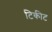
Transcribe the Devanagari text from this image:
टिकीट